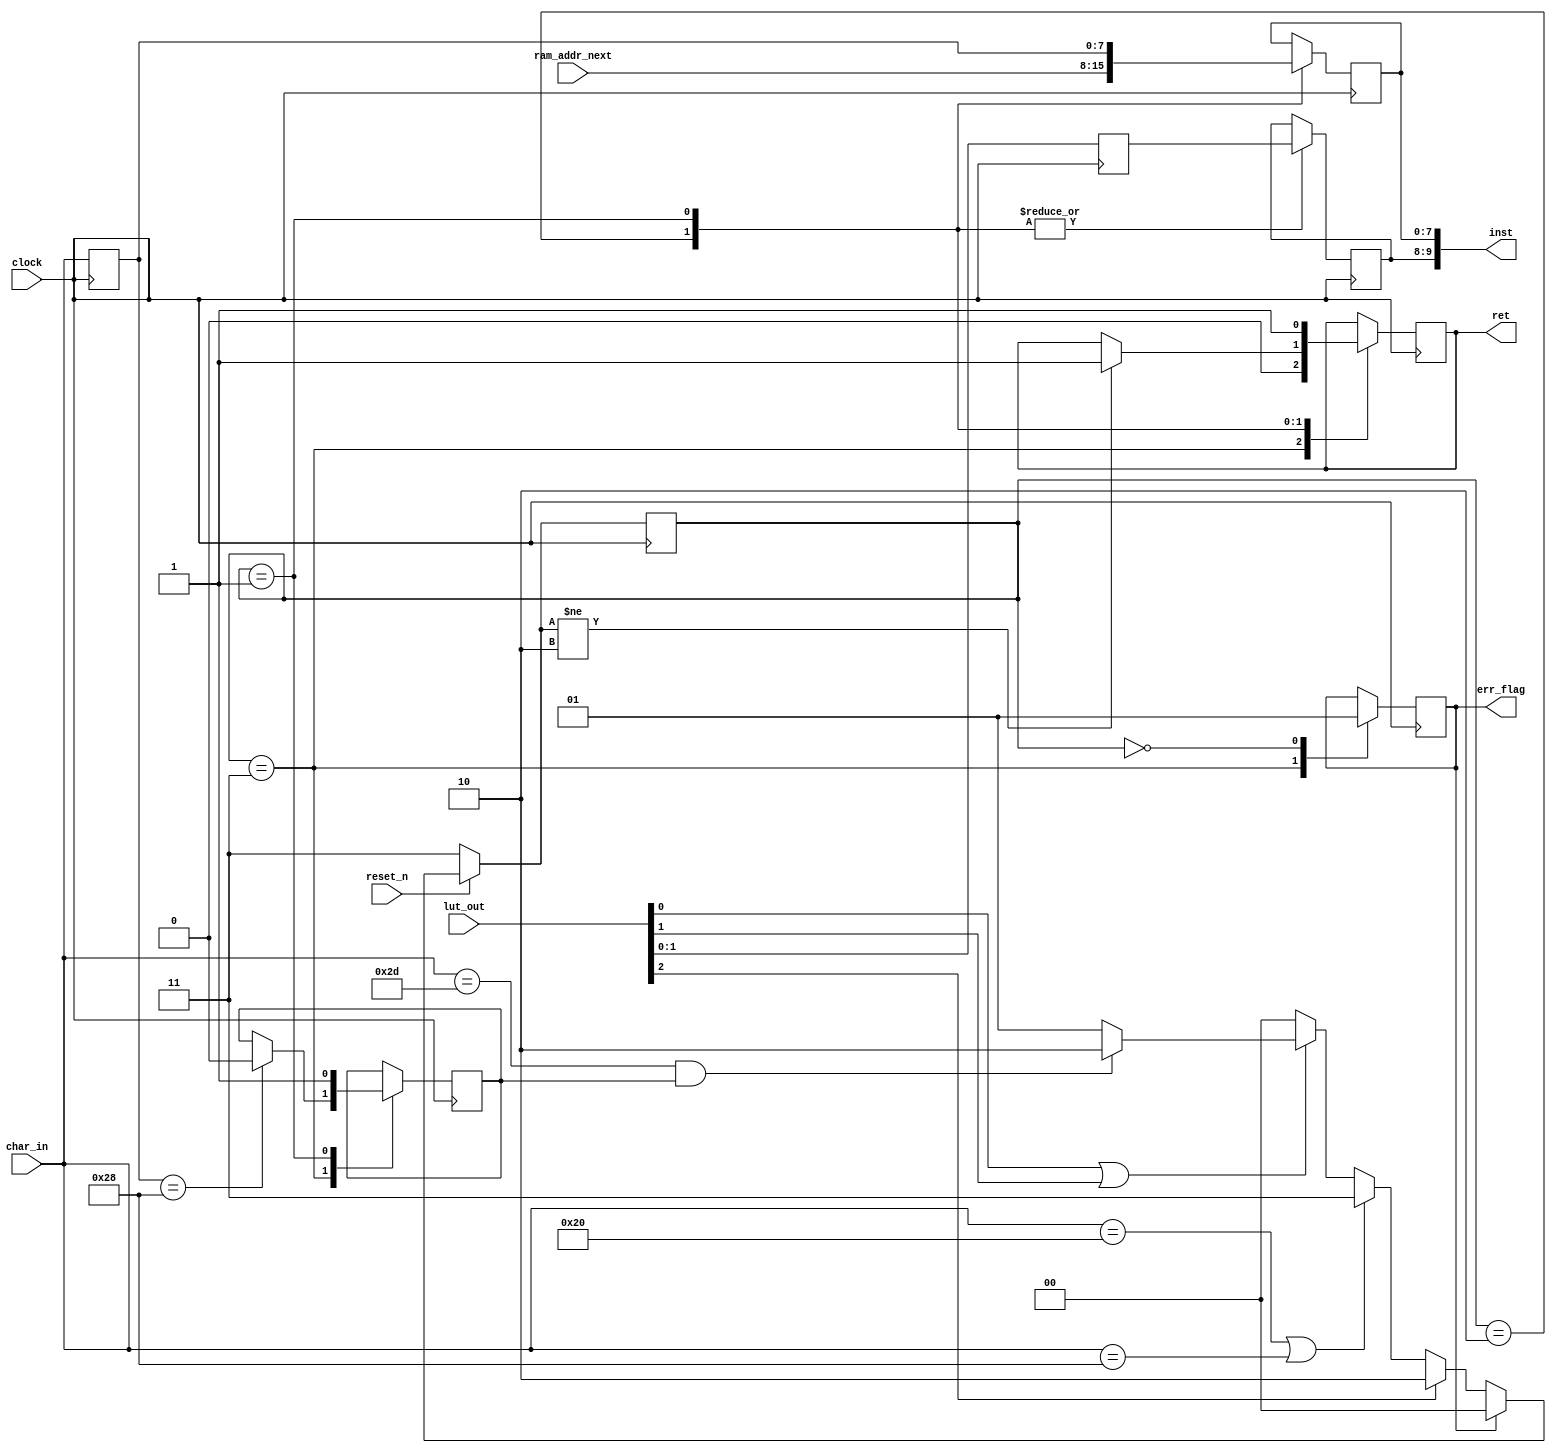
// Generated by MyHDL 0.10


`timescale 1ns/10ps

module lexer (
    ret,
    char_in,
    inst,
    lut_out,
    ram_addr_next,
    clock,
    reset_n,
    err_flag
);


output ret;
reg ret;
input [7:0] char_in;
output [9:0] inst;
wire [9:0] inst;
input [2:0] lut_out;
input [7:0] ram_addr_next;
input clock;
input reset_n;
output err_flag;
reg err_flag;

reg [7:0] char_buffer;
reg expect_val;
reg [7:0] i_body_buffer;
reg [1:0] i_mask_buffer;
wire [9:0] inst_wire;
wire is_digit;
reg [2:0] lut_buffer;
wire op_valid;
reg [1:0] state;
reg [1:0] state_next;

assign inst_wire[10-1:8] = i_mask_buffer;
assign inst_wire[8-1:0] = i_body_buffer;


always @(posedge clock) begin: LEXER_CTRL_SIGNALS
    char_buffer <= char_in;
    lut_buffer <= lut_out;
    case (state)
        2'b11: begin
            err_flag <= 0;
            ret <= 0;
            if ((char_buffer == 40)) begin
                expect_val <= 0;
            end
        end
        2'b10: begin
            i_body_buffer <= ram_addr_next[8-1:0];
            i_mask_buffer <= lut_buffer[2-1:0];
            if ((state_next != 2'b10)) begin
                ret <= 1;
            end
        end
        2'b01: begin
            i_body_buffer <= char_buffer;
            i_mask_buffer <= lut_buffer[2-1:0];
            expect_val <= 1;
            ret <= 1;
        end
        2'b00: begin
            err_flag <= 1;
        end
    endcase
    state <= state_next;
end


always @(reset_n, err_flag, is_digit, char_in, op_valid, expect_val) begin: LEXER_STATE_TABLE
    if ((reset_n == 0)) begin
        state_next = 2'b11;
    end
    else if ((err_flag == 1)) begin
        state_next = 2'b00;
    end
    else if ((is_digit == 1)) begin
        state_next = 2'b10;
    end
    else if (((char_in == 32) || (char_in == 40))) begin
        state_next = 2'b11;
    end
    else if ((op_valid == 1)) begin
        if (((char_in == 45) && expect_val)) begin
            state_next = 2'b10;
        end
        else begin
            state_next = 2'b01;
        end
    end
    else begin
        state_next = 2'b00;
    end
end



assign op_valid = (lut_out[0] || lut_out[1]);
assign is_digit = lut_out[2];



assign inst = inst_wire[10-1:0];

endmodule